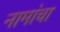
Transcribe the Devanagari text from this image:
नामांचा